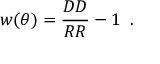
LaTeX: w ( \theta ) = \frac { D D } { R R } - 1 \; \; \mathrm { . }